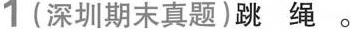
1 (深圳期末真题)跳绳。